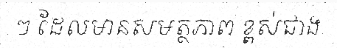
ៗ ដែលមានសមត្ថភាព ខ្ពស់ជាង